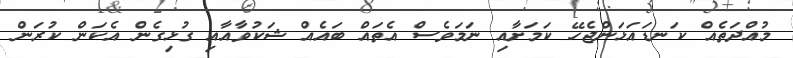
މުއްދަތެއް ކަނޑައަޅަންޖެހޭ ކަމަށާއި ނަމަވެސް އެތައް ބައެއް ޝަކުވާއާއި ގުޅިގެން އެކަން ކުރަން